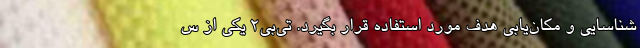
شناسایی و مکان‌یابی هدف مورد استفاده قرار بگیرد. تی‌بی‌۲ یکی از س